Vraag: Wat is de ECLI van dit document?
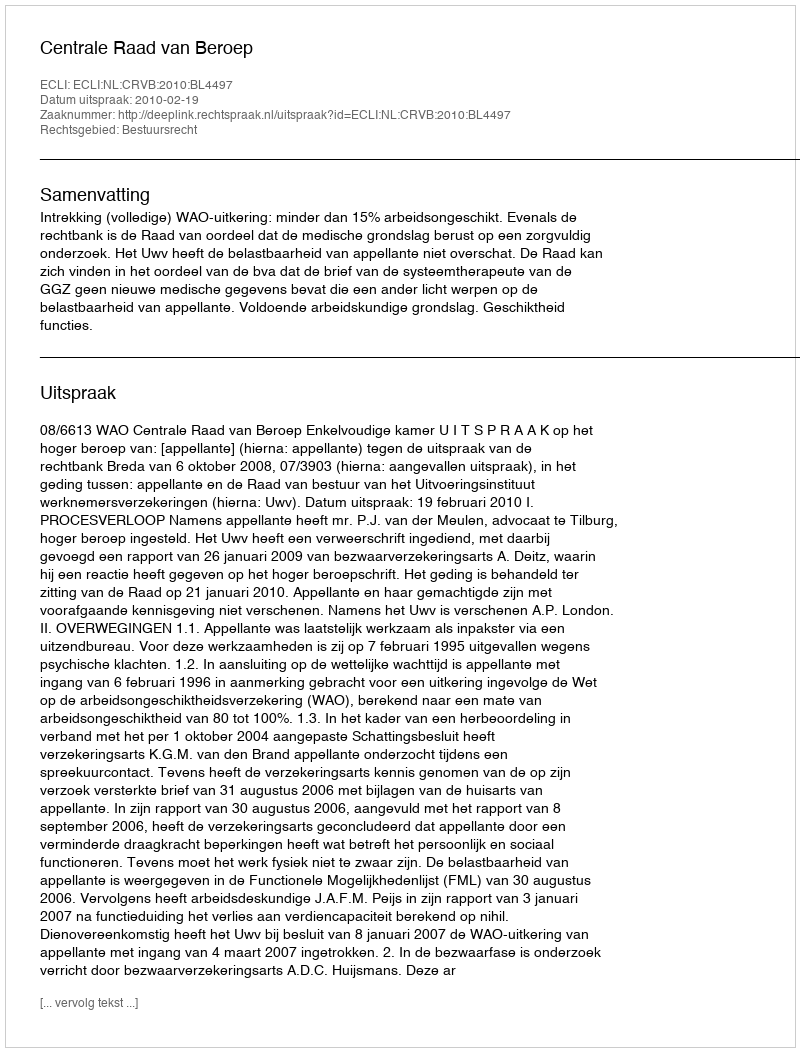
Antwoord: ECLI:NL:CRVB:2010:BL4497